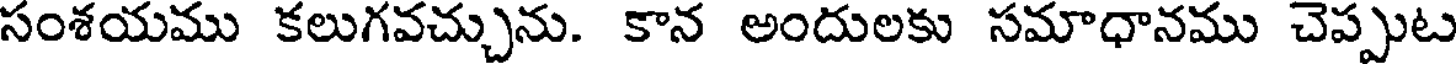
సంశయము కలుగవచ్చును. కాన అందులకు సమాధానము చెప్పుట